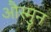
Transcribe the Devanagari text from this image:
औस्मुन